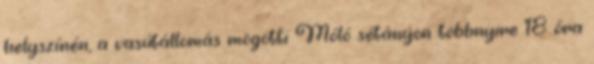
helyszínén, a vasútállomás mögötti Móló sétányon többnyire 18 óra